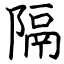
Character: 隔